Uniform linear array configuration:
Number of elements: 32
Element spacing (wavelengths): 1
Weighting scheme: binomial
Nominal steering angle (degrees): -60
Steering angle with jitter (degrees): -58.054
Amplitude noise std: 0.05
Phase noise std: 0.05

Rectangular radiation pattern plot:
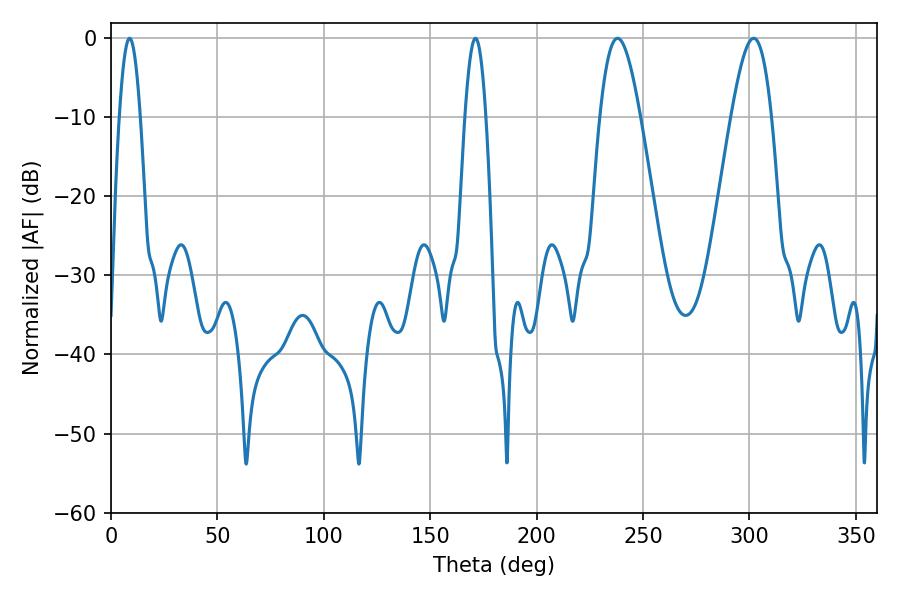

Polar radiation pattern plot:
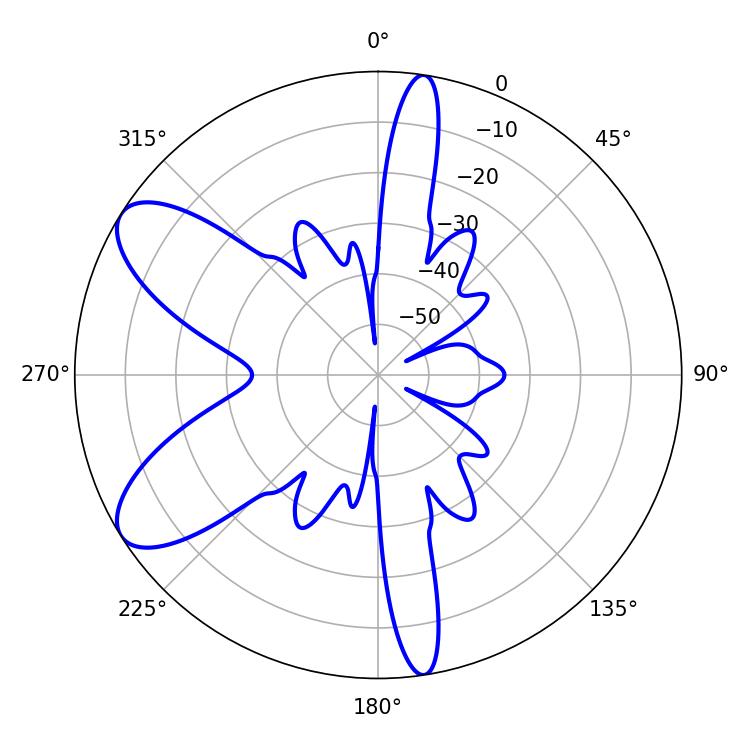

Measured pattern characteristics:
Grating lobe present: TRUE
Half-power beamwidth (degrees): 10.26
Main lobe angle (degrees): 237.96